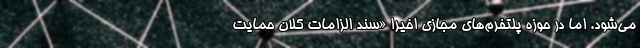
می‌شود. اما در حوزه پلتفرم‌های مجازی اخیرا «سند الزامات کلان حمایت